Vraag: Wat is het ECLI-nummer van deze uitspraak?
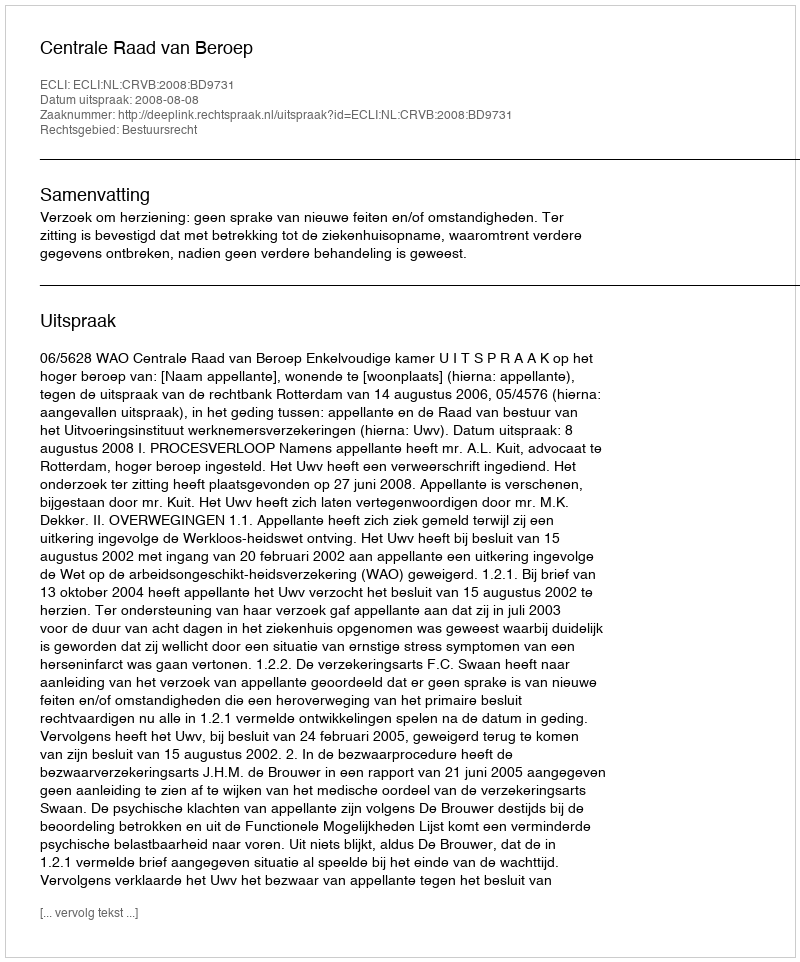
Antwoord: ECLI:NL:CRVB:2008:BD9731